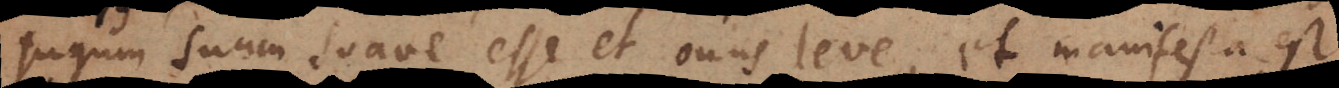
jugum suum suave esse et onus leve, et manifesta est